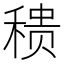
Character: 䅪